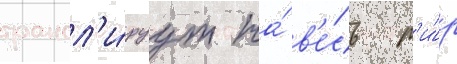
трансл'и́руут на́ в'е́сь м'и́р